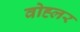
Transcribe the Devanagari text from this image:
वोह्लर